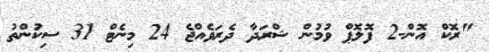
"ރޮކް އޮން-2 ފޮލޮޕް ވުމުން ޝްރަދާ ދެރަވެއްޖެ 24 މިނެޓް 31 ސިކުންތު